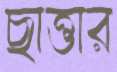
ছাত্তার